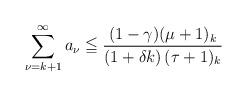
LaTeX: \begin{align*}\sum_{\nu=k+1}^{\infty} a_{\nu} \leqq \dfrac{(1-\gamma)(\mu +1)_{k}}{(1+\delta k ) \, (\tau +1)_{k}}\end{align*}